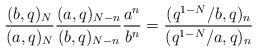
LaTeX: \begin{align*}\frac{(b,q)_N}{(a,q)_N}\frac{(a,q)_{N-n}}{(b,q)_{N-n}}\frac{a^n}{b^n} = \frac{(q^{1-N}/b,q)_n}{(q^{1-N}/a,q)_n}\end{align*}